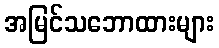
အမြင်သဘောထားများ